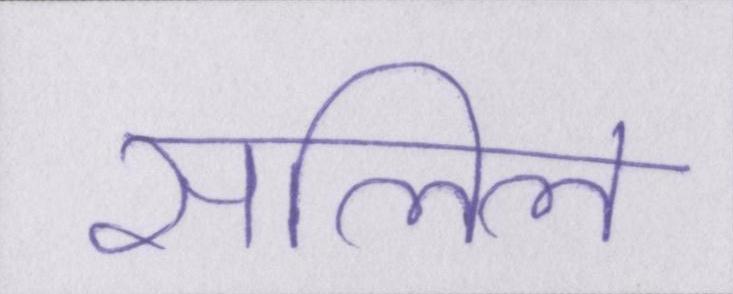
सलिल